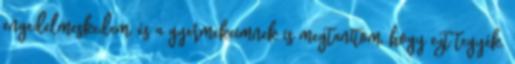
engedelmeskedem, és a gyermekeimnek is megtanítom, hogy ezt tegyék.